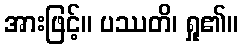
အားဖြင့်။ ပဿတိ၊ ရှု၏။